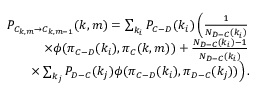
\begin{array} { r l r } & { } & { P _ { C _ { k , m } \rightarrow C _ { k , m - 1 } } ( k , m ) = \sum _ { k _ { i } } P _ { C - D } ( k _ { i } ) \left( \frac { 1 } { N _ { D - C } ( k _ { i } ) } \right. } \\ & { } & { \left. \times \phi ( \pi _ { C - D } ( k _ { i } ) , \pi _ { C } ( k , m ) ) + \frac { N _ { D - C } ( k _ { i } ) - 1 } { N _ { D - C } ( k _ { i } ) } \right. } \\ & { } & { \left. \times \sum _ { k _ { j } } P _ { D - C } ( k _ { j } ) \phi ( \pi _ { C - D } ( k _ { i } ) , \pi _ { D - C } ( k _ { j } ) ) \right) . } \end{array}